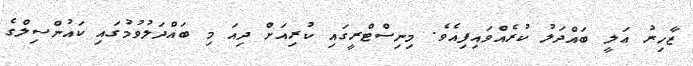
ޒާހިރު ޢަލީ ބައްދަލު ކުރެއްވައިފިއެވެ. މިނިސްޓްރީގައި ކުރިއަށް ދިއަ މި ބައްދަލުވުމުގައި ކައުންސިލްގެ